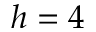
h = 4